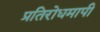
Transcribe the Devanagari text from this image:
प्रतिरोधमापी